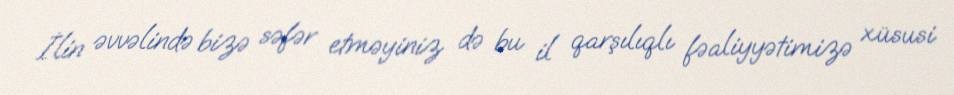
İlin əvvəlində bizə səfər etməyiniz də bu il qarşılıqlı fəaliyyətimizə xüsusi